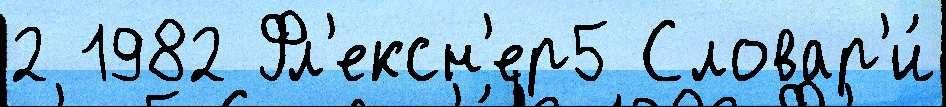
2 1982 Фл'ексн'ер5 Словар'и́